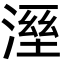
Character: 溼